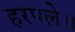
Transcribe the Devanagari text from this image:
हरपले॥